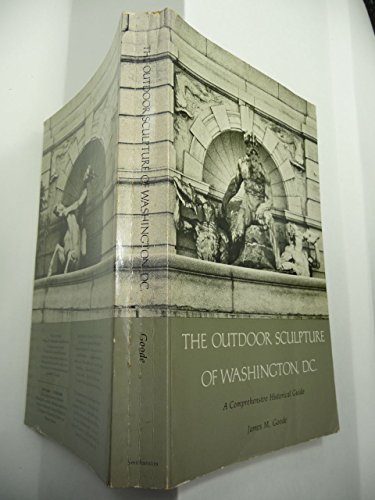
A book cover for The Outdoor Sculpture of Washington, D.C.: A Comprehensive Historical Guide (Smithsonian Institution Press Publication No. 4829); James M. Goode; Travel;